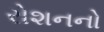
રોશનનો